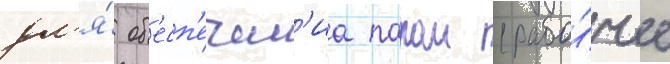
дл'я́ об'есп'ечен'иа паром (рабо́чее